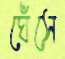
ঘেঁসে